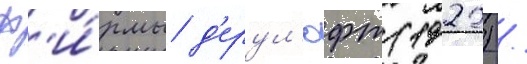
ф'и́рмы д'ерул'юфт (1922) /